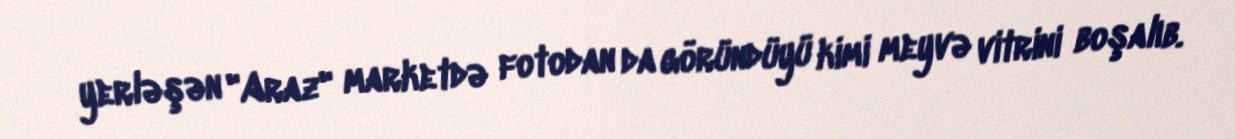
yerləşən "Araz" marketdə fotodan da göründüyü kimi meyvə vitrini boşalıb.